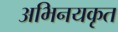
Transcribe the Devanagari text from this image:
अभिनयकृत